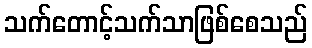
သက်တောင့်သက်သာဖြစ်စေသည်